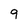
Character: 9